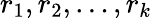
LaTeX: r_{1},r_{2},\ldots,r_{k}